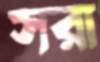
সরা